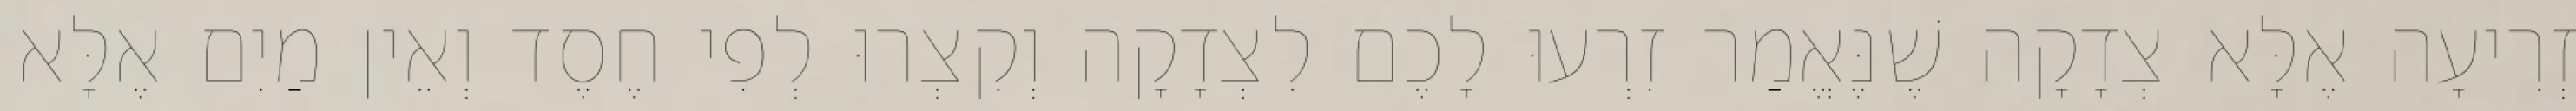
זְרִיעָה אֶלָּא צְדָקָה שֶׁנֶּאֱמַר זִרְעוּ לָכֶם לִצְדָקָה וְקִצְרוּ לְפִי חֶסֶד וְאֵין מַיִם אֶלָּא